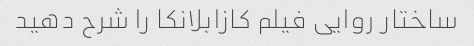
ساختار روایی فیلم کازابلانکا را شرح دهید